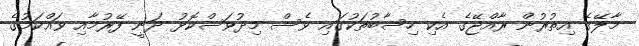
މާލޭގެ އިތުރުން ރާއްޖޭގެ އެކި ހިސާބުތަކުގައި ވެސް މިދުވަސްކޮޅު ދަނީ ފޭރުމާއި ވައްކަމުގެ